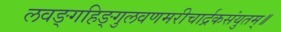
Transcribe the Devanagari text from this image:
लवङ्गहिङ्गुलवणमरीचार्द्रकसंयुतम्॥